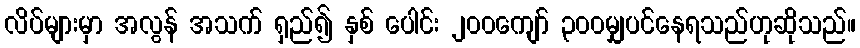
လိပ်များမှာ အလွန် အသက် ရှည်၍ နှစ် ပေါင်း ၂၀၀ကျော် ၃၀၀မျှပင်နေရသည်ဟုဆိုသည်။